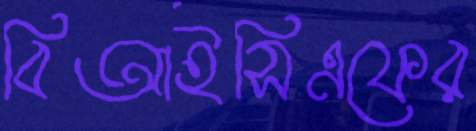
বিআইসিএফের